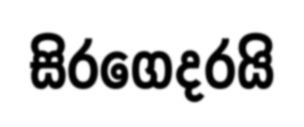
සිරගෙදරයි